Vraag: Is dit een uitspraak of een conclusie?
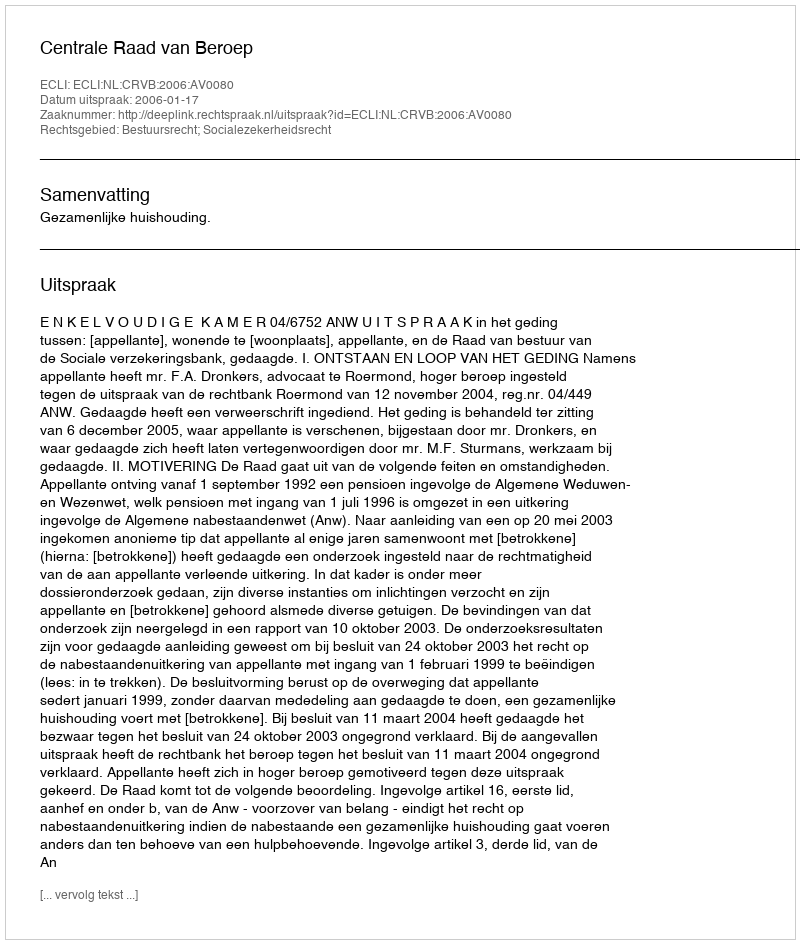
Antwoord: Uitspraak